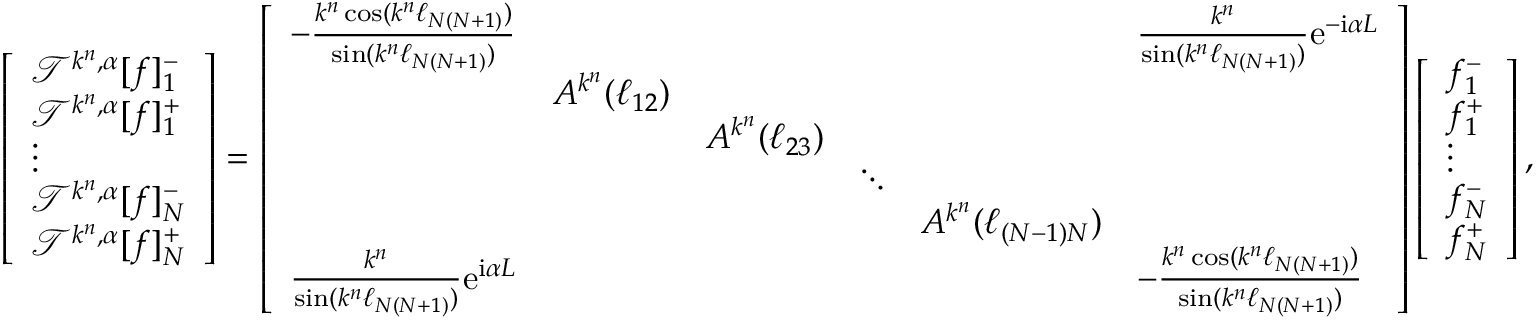
\left[ \begin{array} { l } { \mathcal { T } ^ { k ^ { n } , \alpha } [ f ] _ { 1 } ^ { - } } \\ { \mathcal { T } ^ { k ^ { n } , \alpha } [ f ] _ { 1 } ^ { + } } \\ { \vdots } \\ { \mathcal { T } ^ { k ^ { n } , \alpha } [ f ] _ { N } ^ { - } } \\ { \mathcal { T } ^ { k ^ { n } , \alpha } [ f ] _ { N } ^ { + } } \end{array} \right] = \left[ \begin{array} { l l l l l l } { - \frac { k ^ { n } \cos ( k ^ { n } \ell _ { N ( N + 1 ) } ) } { \sin ( k ^ { n } \ell _ { N ( N + 1 ) } ) } } & & & & & { \frac { k ^ { n } } { \sin ( k ^ { n } \ell _ { N ( N + 1 ) } ) } \mathrm { e } ^ { - \mathrm { i } \alpha L } } \\ & { A ^ { k ^ { n } } ( \ell _ { 1 2 } ) } & & & & \\ & & { A ^ { k ^ { n } } ( \ell _ { 2 3 } ) } & & & \\ & & & { \ddots } & & \\ & & & & { A ^ { k ^ { n } } ( \ell _ { ( N - 1 ) N } ) } & \\ { \frac { k ^ { n } } { \sin ( k ^ { n } \ell _ { N ( N + 1 ) } ) } \mathrm { e } ^ { \mathrm { i } \alpha L } } & & & & & { - \frac { k ^ { n } \cos ( k ^ { n } \ell _ { N ( N + 1 ) } ) } { \sin ( k ^ { n } \ell _ { N ( N + 1 ) } ) } } \end{array} \right] \left[ \begin{array} { l } { f _ { 1 } ^ { - } } \\ { f _ { 1 } ^ { + } } \\ { \vdots } \\ { f _ { N } ^ { - } } \\ { f _ { N } ^ { + } } \end{array} \right] ,